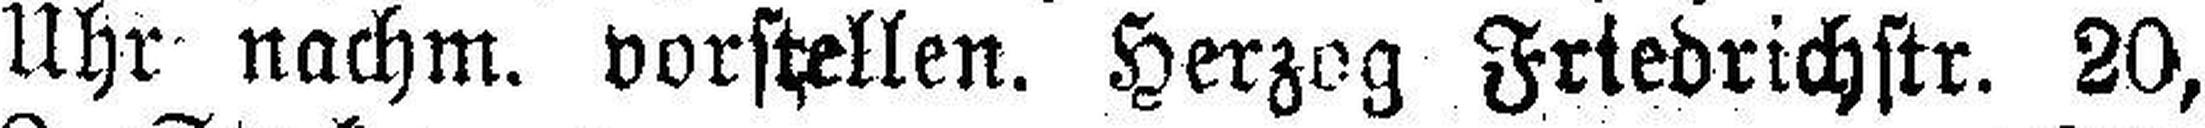
Uhr nachm, vorstellen. Herzog Friedrichstr. 20,